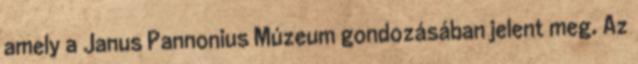
amely a Janus Pannonius Múzeum gondozásában jelent meg. Az